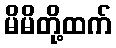
မိမိတို့ထက်